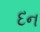
દન